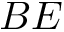
B E